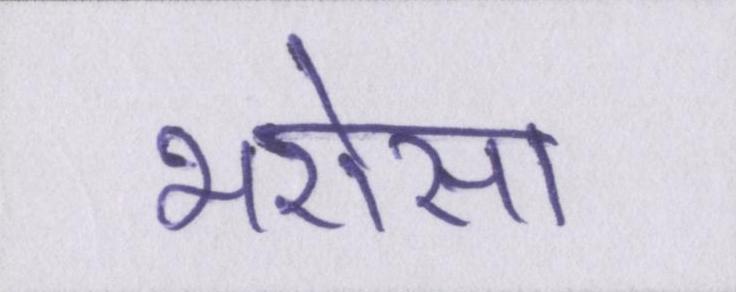
भरोसा